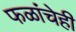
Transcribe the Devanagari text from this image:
फळांचेही